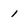
Character: 1